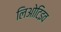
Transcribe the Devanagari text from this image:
लिओटिइव